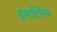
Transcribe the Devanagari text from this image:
इमाटिनिब